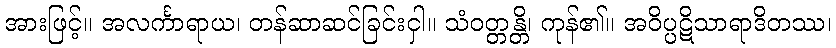
အားဖြင့်။ အလင်္ကာရာယ၊ တန်ဆာဆင်ခြင်းငှါ။ သံဝတ္တန္တိ၊ ကုန်၏။ အဝိပ္ပဋိသာရာဒိတဿ၊